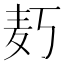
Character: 𱋄